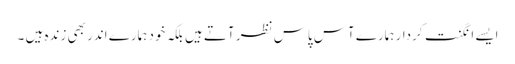
ایسے انگنت کردار ہمارے آس پاس نظر آتے ہیں بلکہ خود ہمارے اندر بھی زندہ ہیں ۔